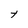
Character: t